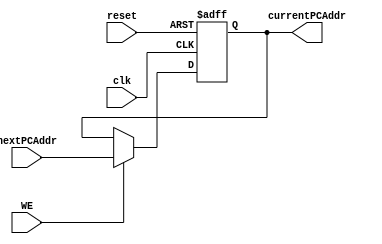
`timescale 1ns / 1ps

module PC(
    input clk,
    input reset,
    input WE,
    input [31:0] nextPCAddr,
    output reg [31:0] currentPCAddr
    );
    
    initial currentPCAddr <= 0;
    
    always @(posedge clk or negedge reset) begin
        if(reset == 0) currentPCAddr <= 0;
        else begin
            if(WE == 1) currentPCAddr <= nextPCAddr;
            else currentPCAddr <= currentPCAddr;
        end
    end
    
endmodule